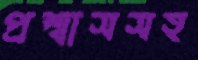
প্রশ্বাসসহ